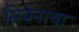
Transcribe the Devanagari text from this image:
सियेनाचा